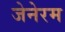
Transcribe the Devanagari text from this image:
जेनेरम